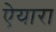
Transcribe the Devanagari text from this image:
ऐयारा